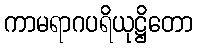
ကာမရာဂပရိယုဋ္ဌိတော